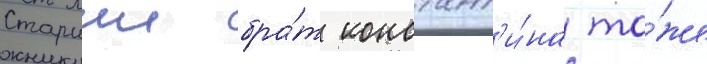
Старшии бра́т констант'и́на то́же